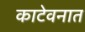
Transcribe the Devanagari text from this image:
काटेवनात